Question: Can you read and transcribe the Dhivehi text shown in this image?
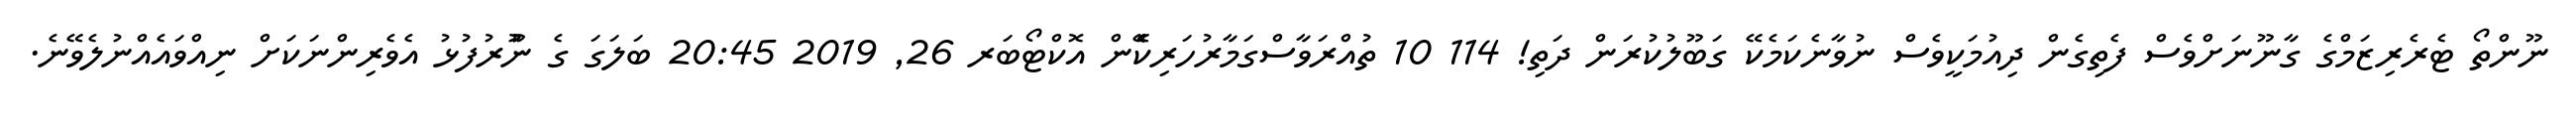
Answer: ނޫންތޯ ޓެރެރިޒަމްގެ ގާނޫނަށްވެސް ފެތިގެން ދިއުމަކީވެސް ނުވާނެކަމެކޭ ގަބޫލުކުރަން ދަތި! 114 10 ތުއްރަވާސްގަމާރުހަރިކެެެޭެން އޮކްޓޯބަރ 26, 2019 20:45 ބަލަގަ ގެ ނުުޫރުފުޅު އެވެރިންނަކަށް ނިއްވައެއްނުލެވޭނެ.